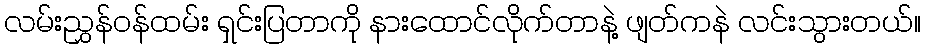
လမ်းညွှန်ဝန်ထမ်း ရှင်းပြတာကို နားထောင်လိုက်တာနဲ့ ဖျတ်ကနဲ လင်းသွားတယ်။